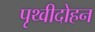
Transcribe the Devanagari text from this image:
पृथ्वीदोहन